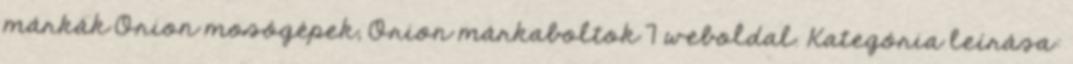
márkák Orion mosógépek, Orion márkaboltok 7 weboldal. Kategória leírása: